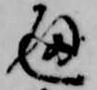
通